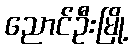
ညောင်ဦးမြို့